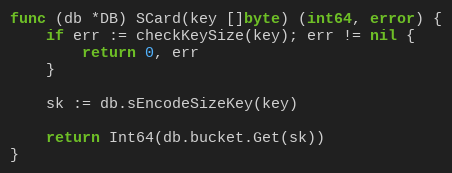
Language: Go
func (db *DB) SCard(key []byte) (int64, error) {
	if err := checkKeySize(key); err != nil {
		return 0, err
	}

	sk := db.sEncodeSizeKey(key)

	return Int64(db.bucket.Get(sk))
}